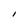
Character: I